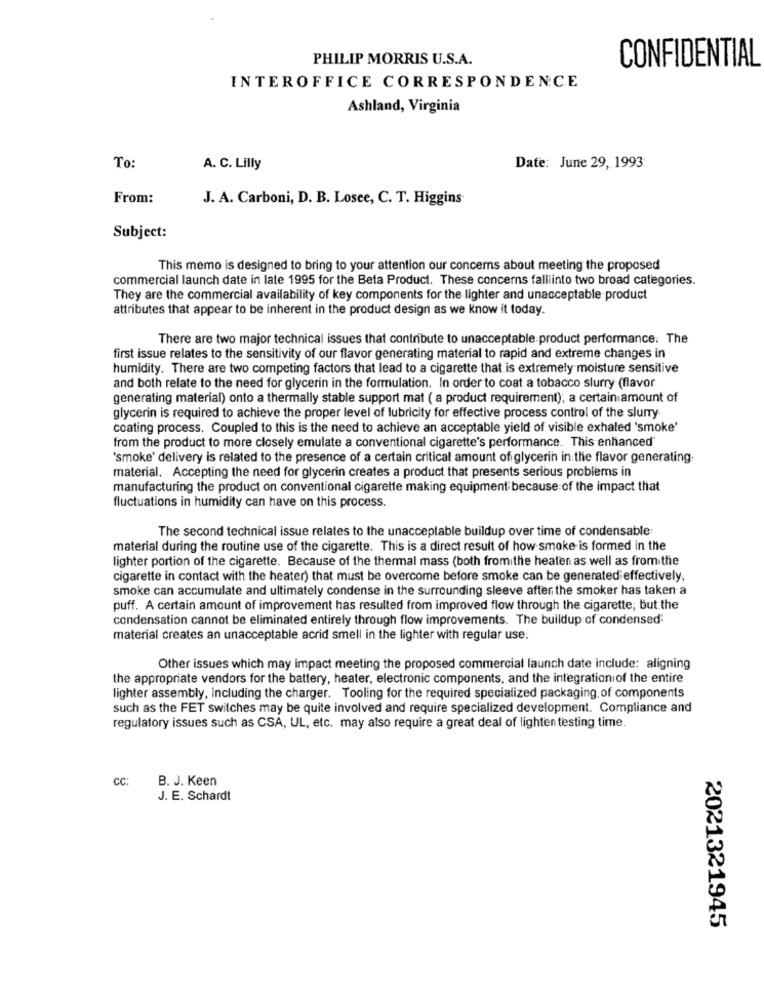
PHILIP MORRIS U.S.A.
CONFIDENTIAL
INTEROFFICE CORRESPONDENCE
Ashland, Virginia
To:
A. C. Lilly
Date: June 29, 1993
From:
J. A. Carboni, D. B. Losee, C. T. Higgins-
Subject:
This memo is designed to bring to your attention our concerns about meeting the proposed
commercial launch date in late 1995 for the Beta Product. These concerns falliinto two broad categories.
They are the commercial availability of key components for the lighter and unacceptable product
attributes that appear to be inherent in the product design as we know it today.
There are two major technical issues that contribute to unacceptable product performance. The
first issue relates to the sensitivity of our flavor generating material to rapid and extreme changes in
humidity. There are two competing factors that lead to a cigarette that is extremely moisture sensitive
and both relate to the need for glycerin in the formulation. In order to coat a tobacco slurry (flavor
generating material) onto a thermally stable support mat ( a product requirement), a certain amount of
glycerin is required to achieve the proper level of lubricity for effective process control of the slurry
coating process. Coupled to this is the need to achieve an acceptable yield of visible exhaled 'smoke'
from the product to more closely emulate a conventional cigarette's performance. This enhanced"
'smoke' delivery is related to the presence of a certain critical amount of glycerin in the flavor generating:
material. Accepting the need for glycerin creates a product that presents serious problems in
manufacturing the product on conventional cigarette making equipment because of the impact that
fluctuations in humidity can have on this process.
The second technical issue relates to the unacceptable buildup over time of condensable:
material during the routine use of the cigarette. This is a direct result of how smoke is formed in the
lighter portion of the cigarette. Because of the thermal mass (both fromithe heaten as well as from the
cigarette in contact with the heater) that must be overcome before smoke can be generated effectively.
smoke can accumulate and ultimately condense in the surrounding sleeve after the smoker has taken a
puff. A certain amount of improvement has resulted from improved flow through the cigarette, but the
condensation cannot be eliminated entirely through flow improvements. The buildup of condensed:
material creates an unacceptable acrid smell in the lighter with regular use:
Other issues which may impact meeting the proposed commercial launch date include: aligning
the appropriate vendors for the battery, heater, electronic components, and the integration of the entire
lighter assembly, including the charger. Tooling for the required specialized packaging, of components
such as the FET switches may be quite involved and require specialized development. Compliance and
regulatory issues such as CSA, UL, etc. may also require a great deal of lighten testing time.
cc:
B. J. Keen
J. E. Schardt
2021321945